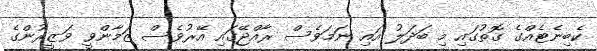
ކެބިނެޓެއްގެ ގޮތުގައި މި ބަދަލު އައި ނަމަވެސް ރާއްޖޭގައި އޭރުވެސް ޒަމާންވީ ވަޒީރުންގެ